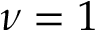
\nu = 1